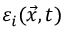
\varepsilon _ { i } ( \vec { x } , t )